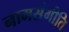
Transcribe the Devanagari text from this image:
नामसंगीति